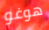
هوغو